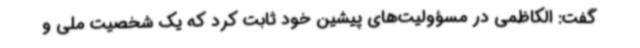
گفت: الکاظمی در مسؤولیت‌های پیشین خود ثابت کرد که یک شخصیت ملی و